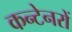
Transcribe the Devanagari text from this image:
कन्टेनरों